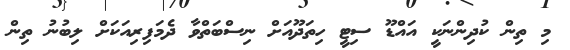
މި ތިން ކުދިންނަކީ އައްޑޫ ސިޓީ ހިތަދޫއަށް ނިސްބަތްވާ ދެމަފިރިއަކަށް ލިބުނު ތިން